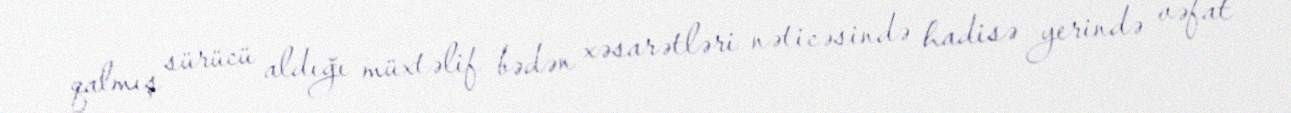
qalmış sürücü aldığı müxtəlif bədən xəsarətləri nəticəsində hadisə yerində vəfat